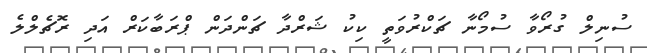
ސުނިލް ގުރޯވާ ސުމޯނާ ޗަކްރުވަތީ ކިކު ޝަރްދާ ޗަންދަން ޕްރަބާކަރް އަދި ރޮޗެލްލެ